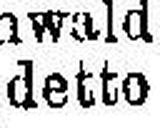
detto